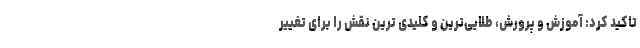
تاکید کرد: آموزش و پرورش، طلایی‌‌ترین و کلیدی ترین نقش را برای تغییر